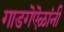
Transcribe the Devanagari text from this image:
गाडगॆऎळांनी